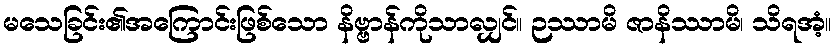
မသေခြင်း၏အကြောင်းဖြစ်သော နိဗ္ဗာန်ကိုသာလျှင်။ ဉဿာမိ ဇာနိဿာမိ၊ သိရအံ့။